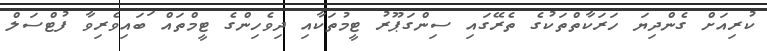
ކުރިއަށް ގެންދިޔަ ހަރަކާތްތަކުގެ ތެރޭގައި ސިންގަޕޫރު ޓީމުތަކާއި ދިވެހިންގެ ޓީމްތައް ަބައިވެރިވާ ފުޓްސަލް